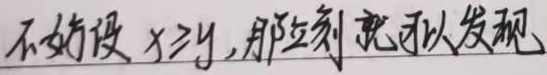
不妨设\(x\geq y\)，那立刻就可以发现